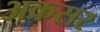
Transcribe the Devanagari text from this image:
अक्रसर